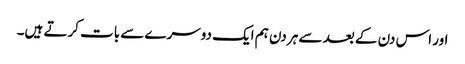
اور اس دن کے بعد سے ہر دن ہم ایک دوسرے سے بات کرتے ہیں۔